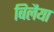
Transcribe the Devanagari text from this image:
बिलैया